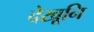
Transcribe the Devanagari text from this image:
देखूनि